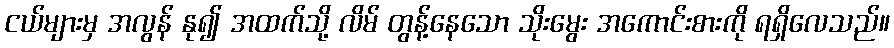
ငယ်များမှ အလွန် နု၍ အထက်သို့ လိမ် တွန့်နေသော သိုးမွေး အကောင်းစားကို ရရှိလေသည်။